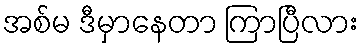
အစ်မ ဒီမှာနေတာ ကြာပြီလား